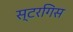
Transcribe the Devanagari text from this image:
स्टरगिस